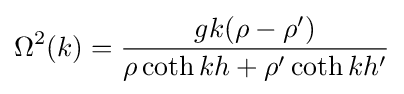
\Omega ^{2}(k)={\frac {gk(\rho -\rho ')}{\rho \coth kh+\rho '\coth kh'}}